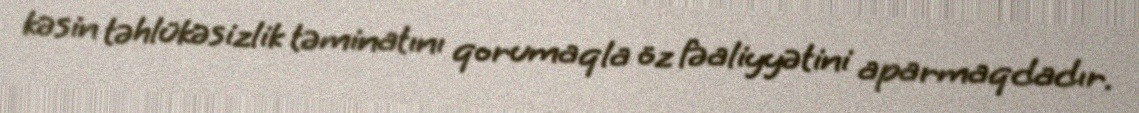
kəsin təhlükəsizlik təminatını qorumaqla öz fəaliyyətini aparmaqdadır.